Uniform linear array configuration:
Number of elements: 64
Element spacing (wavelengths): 0.25
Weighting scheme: cosine
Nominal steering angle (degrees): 45
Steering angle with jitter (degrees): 45.87
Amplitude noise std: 0.05
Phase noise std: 0.05

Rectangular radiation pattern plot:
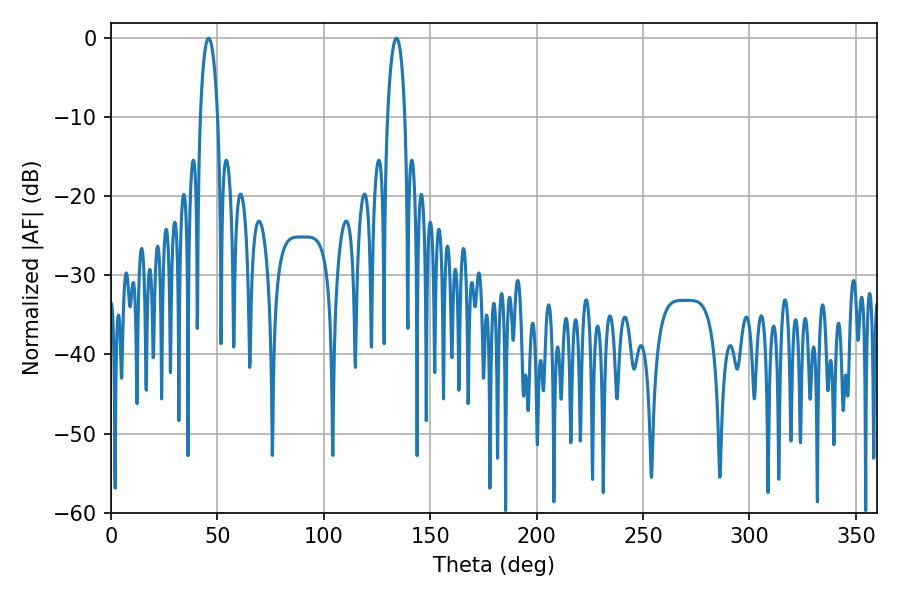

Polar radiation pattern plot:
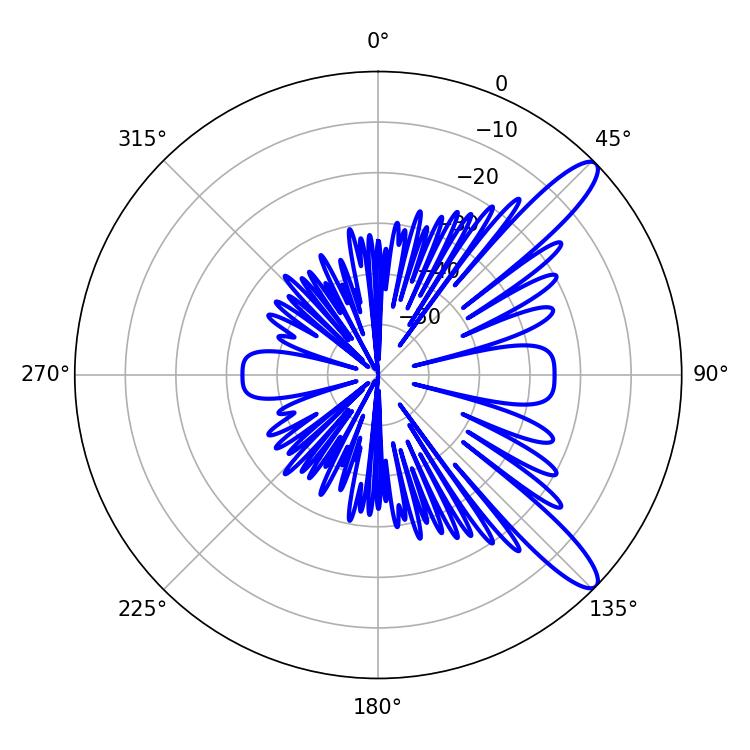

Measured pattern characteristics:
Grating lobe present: FALSE
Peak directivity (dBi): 11.855
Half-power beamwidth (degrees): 4.68
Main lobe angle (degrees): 45.9